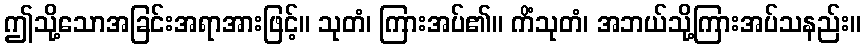
ဤသို့သောအခြင်းအရာအားဖြင့်။ သုတံ၊ ကြားအပ်၏။ ကိံသုတံ၊ အဘယ်သို့ကြားအပ်သနည်း။